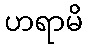
ဟရာမိ